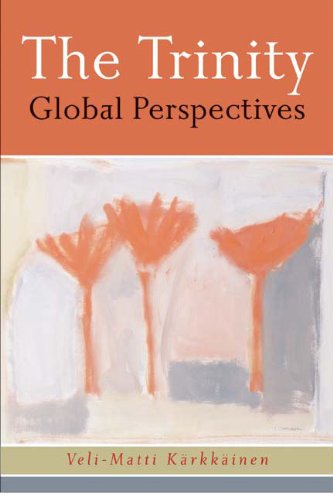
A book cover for The Trinity: Global Perspectives; Veli-Matti Karkkainen; Christian Books & Bibles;